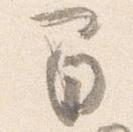
間